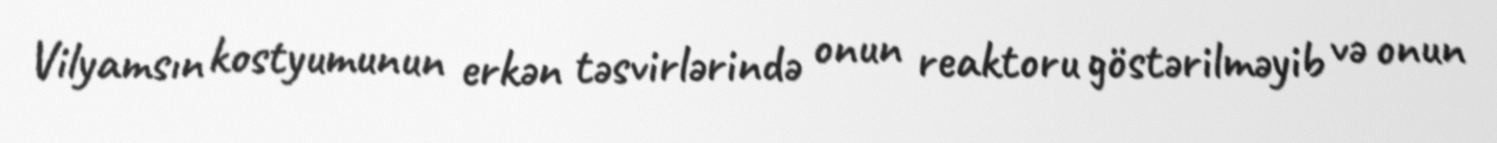
Vilyamsın kostyumunun erkən təsvirlərində onun reaktoru göstərilməyib və onun